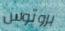
بروتوس